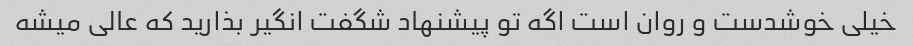
خیلی خوشدست و روان است اگه تو پیشنهاد شگفت انگیر بذارید که عالی میشه